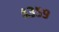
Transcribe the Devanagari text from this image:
४३५९